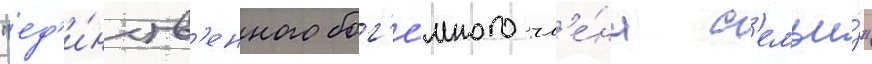
"ед'и́нств'енного бог'е́много чл'е́на с'емьи́"